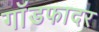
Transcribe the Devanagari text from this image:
गाॅडफादर